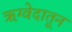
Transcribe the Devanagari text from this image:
ऋग्वेदातून